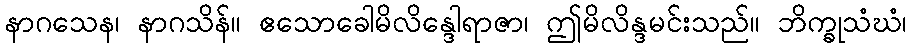
နာဂသေန၊ နာဂသိန်။ ဧသောခေါမိလိန္ဒေါရာဇာ၊ ဤမိလိန္ဒမင်းသည်။ ဘိက္ခုသံဃံ၊